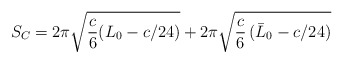
\begin{align*}S_C= 2\pi \sqrt{{c\over 6} (L_{0} - c/24)} +2\pi \sqrt{{c \over 6} \,(\bar{L}_0 - c/24)}\end{align*}